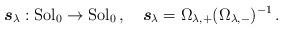
LaTeX: \begin{align*} \boldsymbol{s}_\lambda : {\rm Sol}_0 \to {\rm Sol}_0\,, \ \ \ \boldsymbol{s}_\lambda = \Omega_{\lambda,+}(\Omega_{\lambda,-})^{-1}\,.\end{align*}